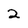
Character: 2